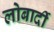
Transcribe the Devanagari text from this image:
लोबार्दी